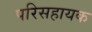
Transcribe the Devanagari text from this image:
परिसहायक